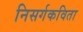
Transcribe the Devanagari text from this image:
निसर्गकविता